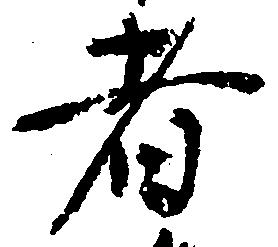
者